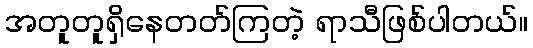
အတူတူရှိနေတတ်ကြတဲ့ ရာသီဖြစ်ပါတယ်။